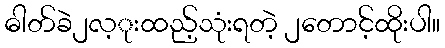
ဓါတ်ခဲ၂လ့ုးထည့်သုံးရတဲ့ ၂တောင့်ထိုးပါ။